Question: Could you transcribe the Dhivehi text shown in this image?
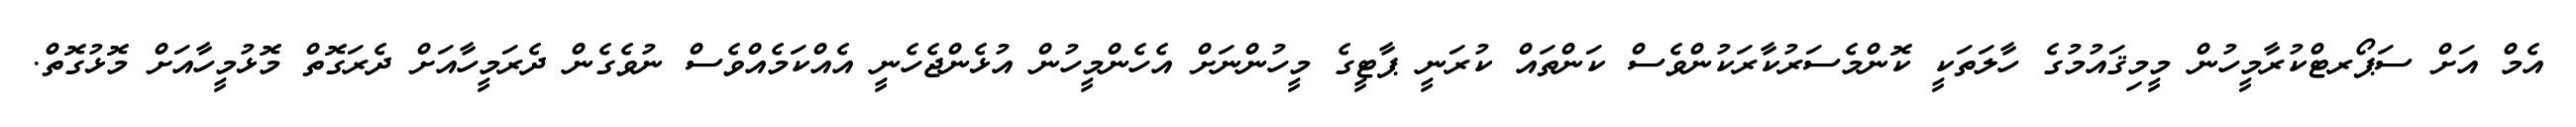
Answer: އެމް އަށް ސަޕޯރޓްކުރާމީހުން މީމިޤައުމުގެ ހާލަތަކީ ކޮންމެސަރުކާރަކުންވެސް ކަންތައް ކުރަނީ ޕާޓީގެ މީހުންނަށް އެހެންމީހުން އުޅެންޖެހެނީ އެއްކަމެއްވެސް ނުވެގެން ދެރަމީހާއަށް ދެރަގޮތް މޮޅުމީހާއަށް މޮޅުގޮތް.